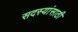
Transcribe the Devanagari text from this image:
सदस्यांसाठी